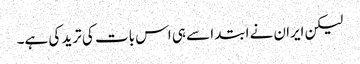
لیکن ایران نے ابتدا سے ہی اس بات کی ترید کی ہے۔